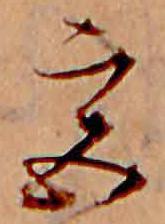
宮